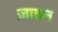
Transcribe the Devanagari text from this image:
ज़ारुन